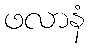
ဖလာနံ